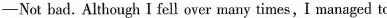
—Not bad. Although I fell over many times,I managed to